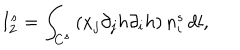
LaTeX: I _ { 2 } ^ { s } = \int _ { C ^ { s } } \left( x _ { j } \partial _ { j } h \partial _ { i } h \right) n _ { i } ^ { s } \, d l ,